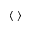
\langle \; \rangle